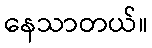
နေသာတယ်။